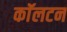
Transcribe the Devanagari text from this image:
काॅलटन